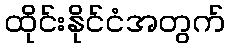
ထိုင်းနိုင်ငံအတွက်